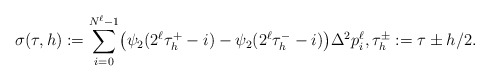
\begin{align*} \sigma(\tau,h) := \sum_{i = 0}^{N^\ell-1} \bigl(\psi_2(2^\ell\tau_h^+ -i) - \psi_2(2^\ell\tau_h^--i) \bigr)\Delta^2 p_i^\ell , \tau_h^\pm := \tau \pm h/2.\end{align*}